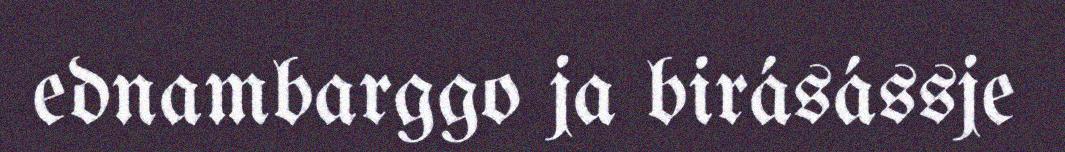
ednambarggo ja birásássje